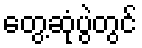
တွေ့ဆုံပွဲတွင်